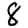
Digit: 8